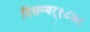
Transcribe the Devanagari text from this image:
दिसम्बर्१८७८